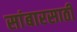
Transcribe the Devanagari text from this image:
सांबारसाठी